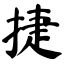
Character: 捷